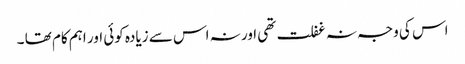
اس کی وجہ نہ غفلت تھی اور نہ اس سے زیادہ کوئی اور اہم کام تھا ۔